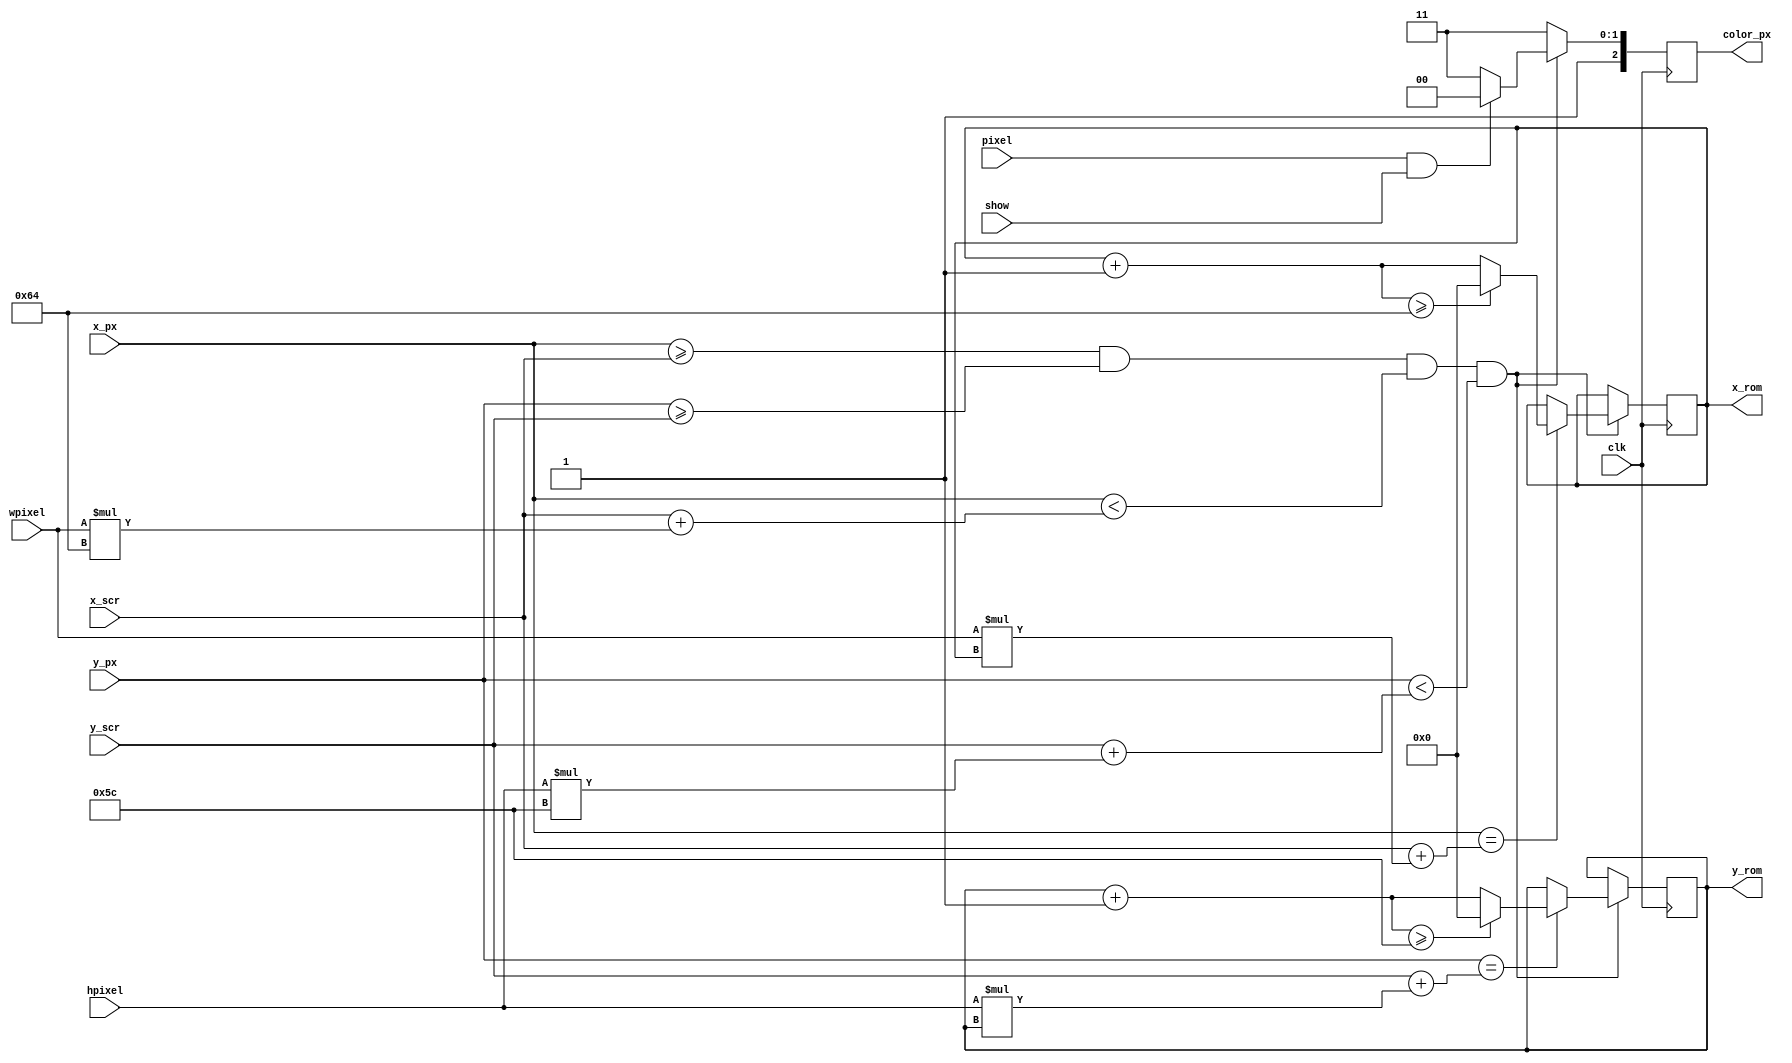
//////////////////////////////////////////////////////////////////////////////////
// Company: Ridotech
//
// Module Name: graphics
// Description: Graphics heart behaviour.
//
// Dependencies: image
//
// Revision:
// Revision 0.01 - File Created
//
// Additional Comments:
//
//////////////////////////////////////////////////////////////////////////////////
module graphics (
                input  wire        clk,        // System clock.
                input  wire        show,       // Show or hide Heart's beat.
                input  wire [9:0]  x_px,       // X position actual pixel.
                input  wire [9:0]  y_px,       // Y position actual pixel.
                input  wire [9:0]  x_scr,      // X position image in screen.
                input  wire [9:0]  y_scr,      // Y position image in screen.
                output reg  [9:0]  x_rom,      // X position image in ROM.
                output reg  [9:0]  y_rom,      // Y position image in ROM.  
                input  wire        pixel,      // Pixel from image.
                output wire [2:0]  color_px,   // Actual pixel color to controller.
                input  wire [3:0]  wpixel,     // Pixel width in screen.
                input  wire [3:0]  hpixel      // Pixel height in screen.
                );

    // Some colors.
    parameter [2:0] black = 3'b000;
    parameter [2:0] blue  = 3'b001;
    parameter [2:0] green = 3'b010;
    parameter [2:0] red   = 3'b100;
    parameter [2:0] white = 3'b111;

    parameter ink = red;
    parameter background = white;

	// Image ROM dimension.
    parameter width_rom = 100;
    parameter height_rom = 92;
    
    // Color image.
    reg [2:0] color;
    
    // Initial x_rom & y_rom values.
    initial
    begin
        x_rom <= 0;
        y_rom <= 0;
    end
    
    // Set color out.
    assign color_px = color;
    
    // Draw or not the heart.
    always @(posedge clk)
    begin
        //if (activevideo)
        //begin
        // If we're inside the image, get pixel from image ROM.
        if ((x_px >= x_scr) &&
            (y_px >= y_scr) && 
            (x_px < (x_scr + (wpixel*width_rom))) &&
            (y_px < (y_scr + (hpixel*height_rom))))
        begin
            // If reach a new pixel in x screen, look in rom from a new color.
            if (x_px == x_scr + wpixel*x_rom)
            begin
                x_rom = x_rom + 1;
                if (x_rom >= width_rom)
                    x_rom = 0;
            end

            // If reach a new pixel in x screen, look in rom from a new color.
            if (y_px == y_scr + hpixel*y_rom)
            begin
                y_rom = y_rom + 1;
                if (y_rom >= height_rom)
                    y_rom = 0;
            end

            // If new pixel is 'on' and want to be show, draw with ink.
            if (pixel && show)
                    color <= ink;
                else
                    color <= background;
        end
        else
            //color <= blue;
            color <= background;
    end
endmodule